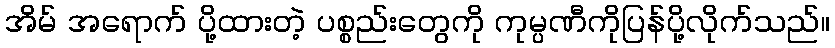
အိမ် အရောက် ပို့ထားတဲ့ ပစ္စည်းတွေကို ကုမ္ပဏီကိုပြန်ပို့လိုက်သည်။